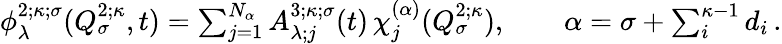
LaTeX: \begin{array}{r}{\phi_{\lambda}^{2;\kappa;\sigma}(Q_{\sigma}^{2;\kappa},t)=\sum_{j=1}^{N_{\alpha}}A_{\lambda;j}^{3;\kappa;\sigma}(t)\, \chi_{j}^{(\alpha)}(Q_{\sigma}^{2;\kappa}),\quad\quad\alpha=\sigma+\sum_{i}^{\kappa-1}d_{i}\, .}\end{array}